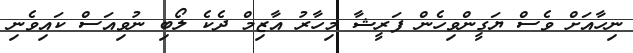
ނިހާއަށް ވެސް ޔަގީންވިހެން ފަރީޝާ މިހާރު އާޒިމް ދެކެ ލޯބި ނުވިއަސް ކައިވެނި